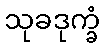
သုခဒုက္ခံ